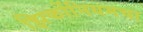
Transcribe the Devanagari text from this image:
झिर्कोनियमचा